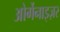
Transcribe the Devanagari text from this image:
ओर्गेनाइज़र